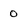
Character: 0